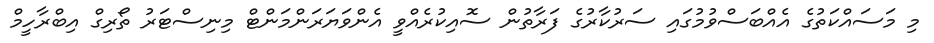
މި މަސައްކަތުގެ އެއްބަސްވުމުގައި ސަރުކާރުގެ ފަރާތުން ސޮއިކުރެއްވީ އެންވަޔަރަންމަންޓް މިނިސްޓަރު ތޯރިގް އިބްރާހީމް